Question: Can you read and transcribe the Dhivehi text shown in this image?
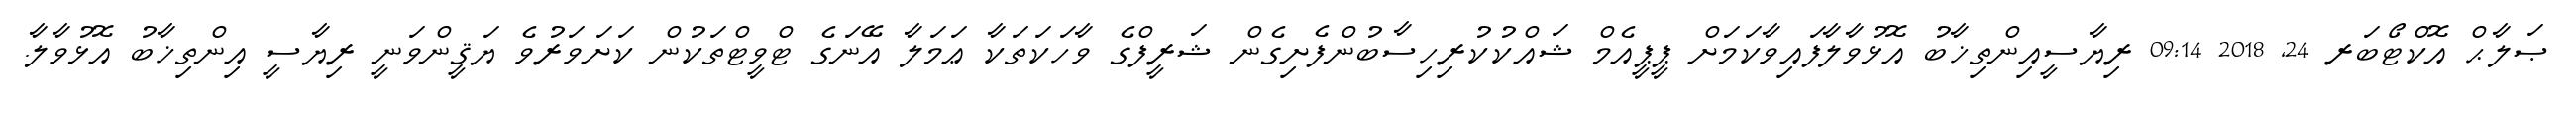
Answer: ޞަލާޙް އޮކްޓޯބަރ 24, 2018 09:14 ރިޔާސީއިންތިޚާބު އޮޅުވާލާފައިވާކަމަށް ޕީޕީއެމް ޝައްކުކުރިހިސާބުންފެށިގެން ޝަރީފްގެ ވާހަކަތަކާ ޢަމަލާ އޭނަގެ ޓްވީޓްތަކުން ކަށަވަރުވެ ޔަޤީންވަނީ ރިޔާސީ އިންތިޚާބު އޮޅުވާލާ.